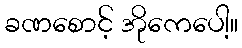
ခဏစောင့် အိုကေပေါ့။